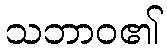
သဘာဝ၏